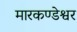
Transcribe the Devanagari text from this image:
मारकण्डेश्वर